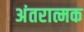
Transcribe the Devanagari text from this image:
अंतरात्मक